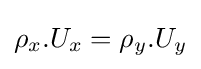
\rho _{x}.U_{x}=\rho _{y}.U_{y}